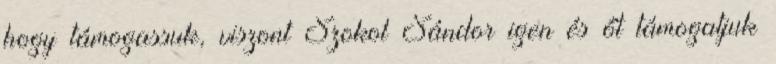
hogy támogassuk, viszont Szokol Sándor igen és őt támogatjuk